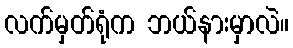
လက်မှတ်ရုံက ဘယ်နားမှာလဲ။